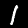
Label: 1